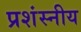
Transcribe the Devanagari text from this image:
प्रशंस्नीय